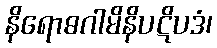
နိရောဓဂါမိနိပဋိပဒံ၊